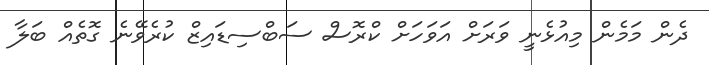
ދެން މަމެން މިއުޅެނީ ވަރަށް އަވަހަށް ކްރޮސް ސަބްސިޑައިޒް ކުރެވޭނެ ގޮތެއް ބަލާ